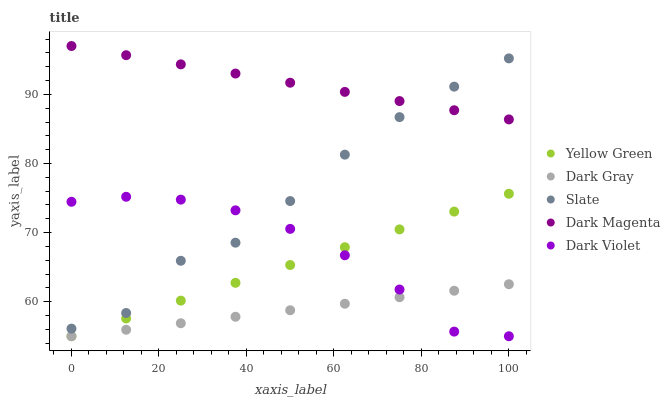
| xaxis_label | Yellow Green | Dark Gray | Slate | Dark Magenta | Dark Violet |
 | --- | --- | --- | --- | --- | --- |
 | 0 | 55 | 55 | 56.1 | 97 | 74.5 |
 | 12.5 | 57.6 | 55.9 | 58.4 | 95.7 | 75.2 |
 | 25 | 60.2 | 56.9 | 65.9 | 94.3 | 74.8 |
 | 37.5 | 62.7 | 57.8 | 68.5 | 93 | 73.2 |
 | 50 | 65.3 | 58.8 | 74.6 | 91.7 | 70.5 |
 | 62.5 | 67.9 | 59.7 | 81.3 | 90.4 | 66.7 |
 | 75 | 70.5 | 60.6 | 86.7 | 89 | 61.8 |
 | 87.5 | 73 | 61.6 | 91.1 | 87.7 | 55.7 |
 | 100 | 75.6 | 62.5 | 95.2 | 86.4 | 55 |